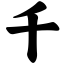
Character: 千